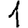
Digit: 1